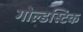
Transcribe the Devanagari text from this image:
गोल्डस्टिक